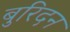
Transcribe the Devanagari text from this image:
बुरिदन